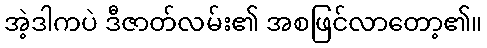
အဲ့ဒါကပဲ ဒီဇာတ်လမ်း၏ အစဖြင်လာတော့၏။